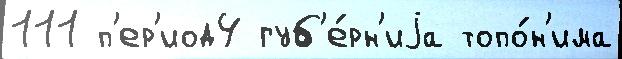
111 п'ер'иод4 губ'е́рн'иjа топо́н'има